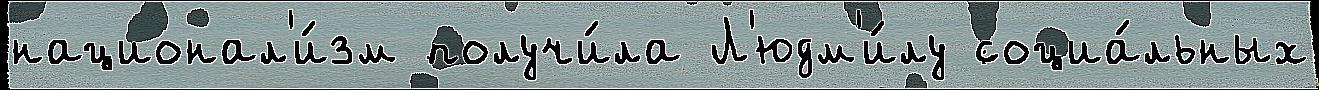
национал'и́зм получи́ла Л'юдм'и́лу социа́льных